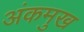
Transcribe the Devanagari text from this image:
अंकमुख